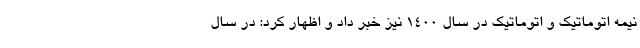
نیمه اتوماتیک و اتوماتیک در سال ۱۴۰۰ نیز خبر داد و اظهار کرد: در سال